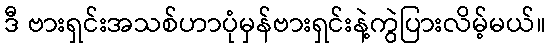
ဒီ ဗားရှင်းအသစ်ဟာပုံမှန်ဗားရှင်းနဲ့ကွဲပြားလိမ့်မယ်။